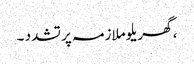
، گھریلو ملازمہ پر تشدد ۔